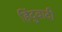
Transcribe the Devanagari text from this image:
हिंदुवादी